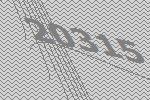
20315